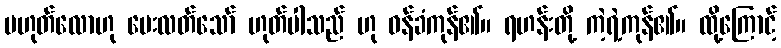
မဟုတ်လောဟု မေးလတ်သော် ဟုတ်ပါသည် ဟု ဝန်ခံကုန်၏။ ရဟန်းတို့ ကဲ့ရဲ့ကုန်၏။ ထို့ကြောင့်